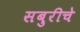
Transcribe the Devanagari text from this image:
सबुरीचे